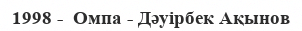
1998 -  Омпа - Дәуірбек Ақынов